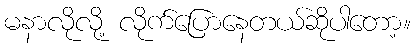
မနာလိုလို့ လိုက်ပြောနေတယ်ဆိုပါတော့။